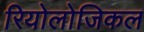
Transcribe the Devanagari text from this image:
रियोलोजिकल